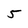
Character: 5